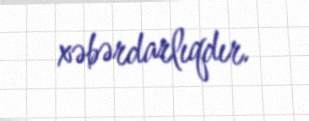
xəbərdarlıqdır.